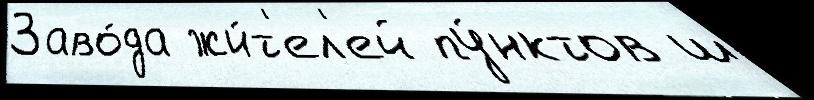
Заво́да жи́т'ел'ей пу́нктов ш